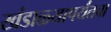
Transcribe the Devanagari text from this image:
खंडाळ्यापर्यंतचा